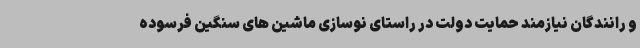
و رانندگان نیازمند حمایت دولت در راستای نوسازی ماشین های سنگین فرسوده